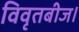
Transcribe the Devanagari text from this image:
विवृतबीज।